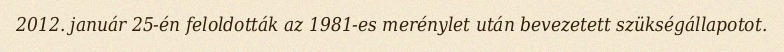
2012. január 25-én feloldották az 1981-es merénylet után bevezetett szükségállapotot.